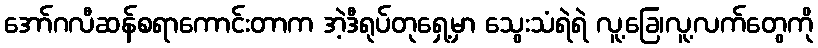
အော်ဂလီဆန်စရာကောင်းတာက အဲ့ဒီရုပ်တုရှေ့မှာ သွေးသံရဲရဲ လူ့ခြေ၊လူ့လက်တွေကို